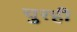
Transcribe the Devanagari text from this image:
चुरही